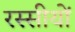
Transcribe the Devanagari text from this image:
रस्सीयों